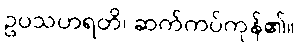
ဥပသဟရတိ၊ ဆက်ကပ်ကုန်၏။